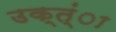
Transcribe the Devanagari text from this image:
उक्त्ंा